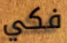
فكي